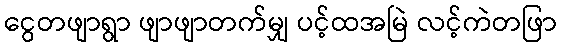
ငွေတဖျာရွာ ဖျာဖျာတက်မျှ ပင့်ထအမြဲ လင့်ကဲတဖြာ